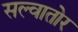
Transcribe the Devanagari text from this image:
सल्वातोर